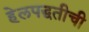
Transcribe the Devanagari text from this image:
हेलपद्धतीची